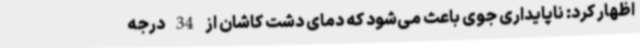
اظهار کرد: ناپایداری جوی باعث می‌شود که دمای دشت کاشان از 34 درجه